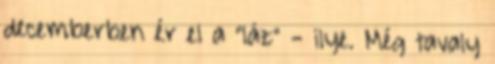
decemberben ér el a "láz" - ilye. Még tavaly